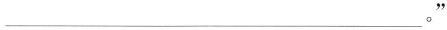
___。"